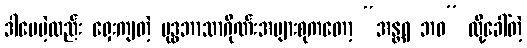
ဒါပေမဲ့လည်း ရှေးကျတဲ့ ဗုဒ္ဓဘာသာဂိုဏ်းအများစုကတော့ “အန္တရ ဘဝ” လို့ခေါ်တဲ့